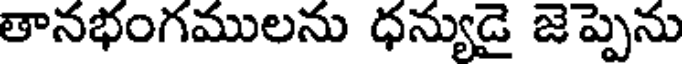
తానభంగములను ధన్యుడై జెప్పెను